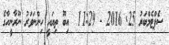
ސެޕްޓެމްބަރު 25